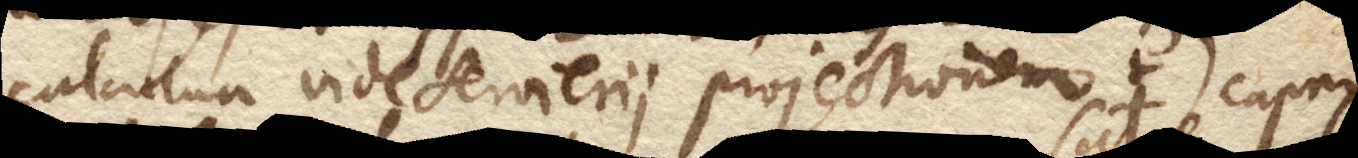
calculum vide Servierii projectionem. +) capax,